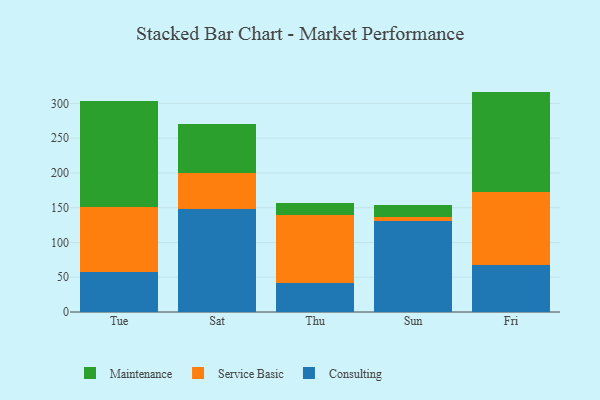
{"axis": {"x": "Day", "y": "Latency (ms)"}, "legend": ["Consulting", "Maintenance", "Service Basic"], "data": [{"x": "Tue", "y": 56.9, "type": "Consulting"}, {"x": "Tue", "y": 94.5, "type": "Service Basic"}, {"x": "Tue", "y": 152.5, "type": "Maintenance"}, {"x": "Sat", "y": 148.4, "type": "Consulting"}, {"x": "Sat", "y": 51.9, "type": "Service Basic"}, {"x": "Sat", "y": 70.4, "type": "Maintenance"}, {"x": "Thu", "y": 42.0, "type": "Consulting"}, {"x": "Thu", "y": 97.7, "type": "Service Basic"}, {"x": "Thu", "y": 17.3, "type": "Maintenance"}, {"x": "Sun", "y": 130.2, "type": "Consulting"}, {"x": "Sun", "y": 7.0, "type": "Service Basic"}, {"x": "Sun", "y": 16.5, "type": "Maintenance"}, {"x": "Fri", "y": 67.9, "type": "Consulting"}, {"x": "Fri", "y": 104.2, "type": "Service Basic"}, {"x": "Fri", "y": 144.9, "type": "Maintenance"}]}